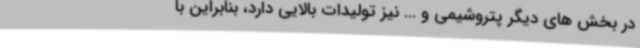
در بخش های دیگر پتروشیمی و ... نیز تولیدات بالایی دارد، بنابراین با